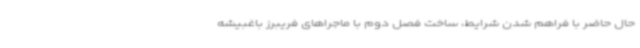
حال حاضر با فراهم شدن شرایط، ساخت فصل دوم با ماجراهای فریبرز باغبیشه